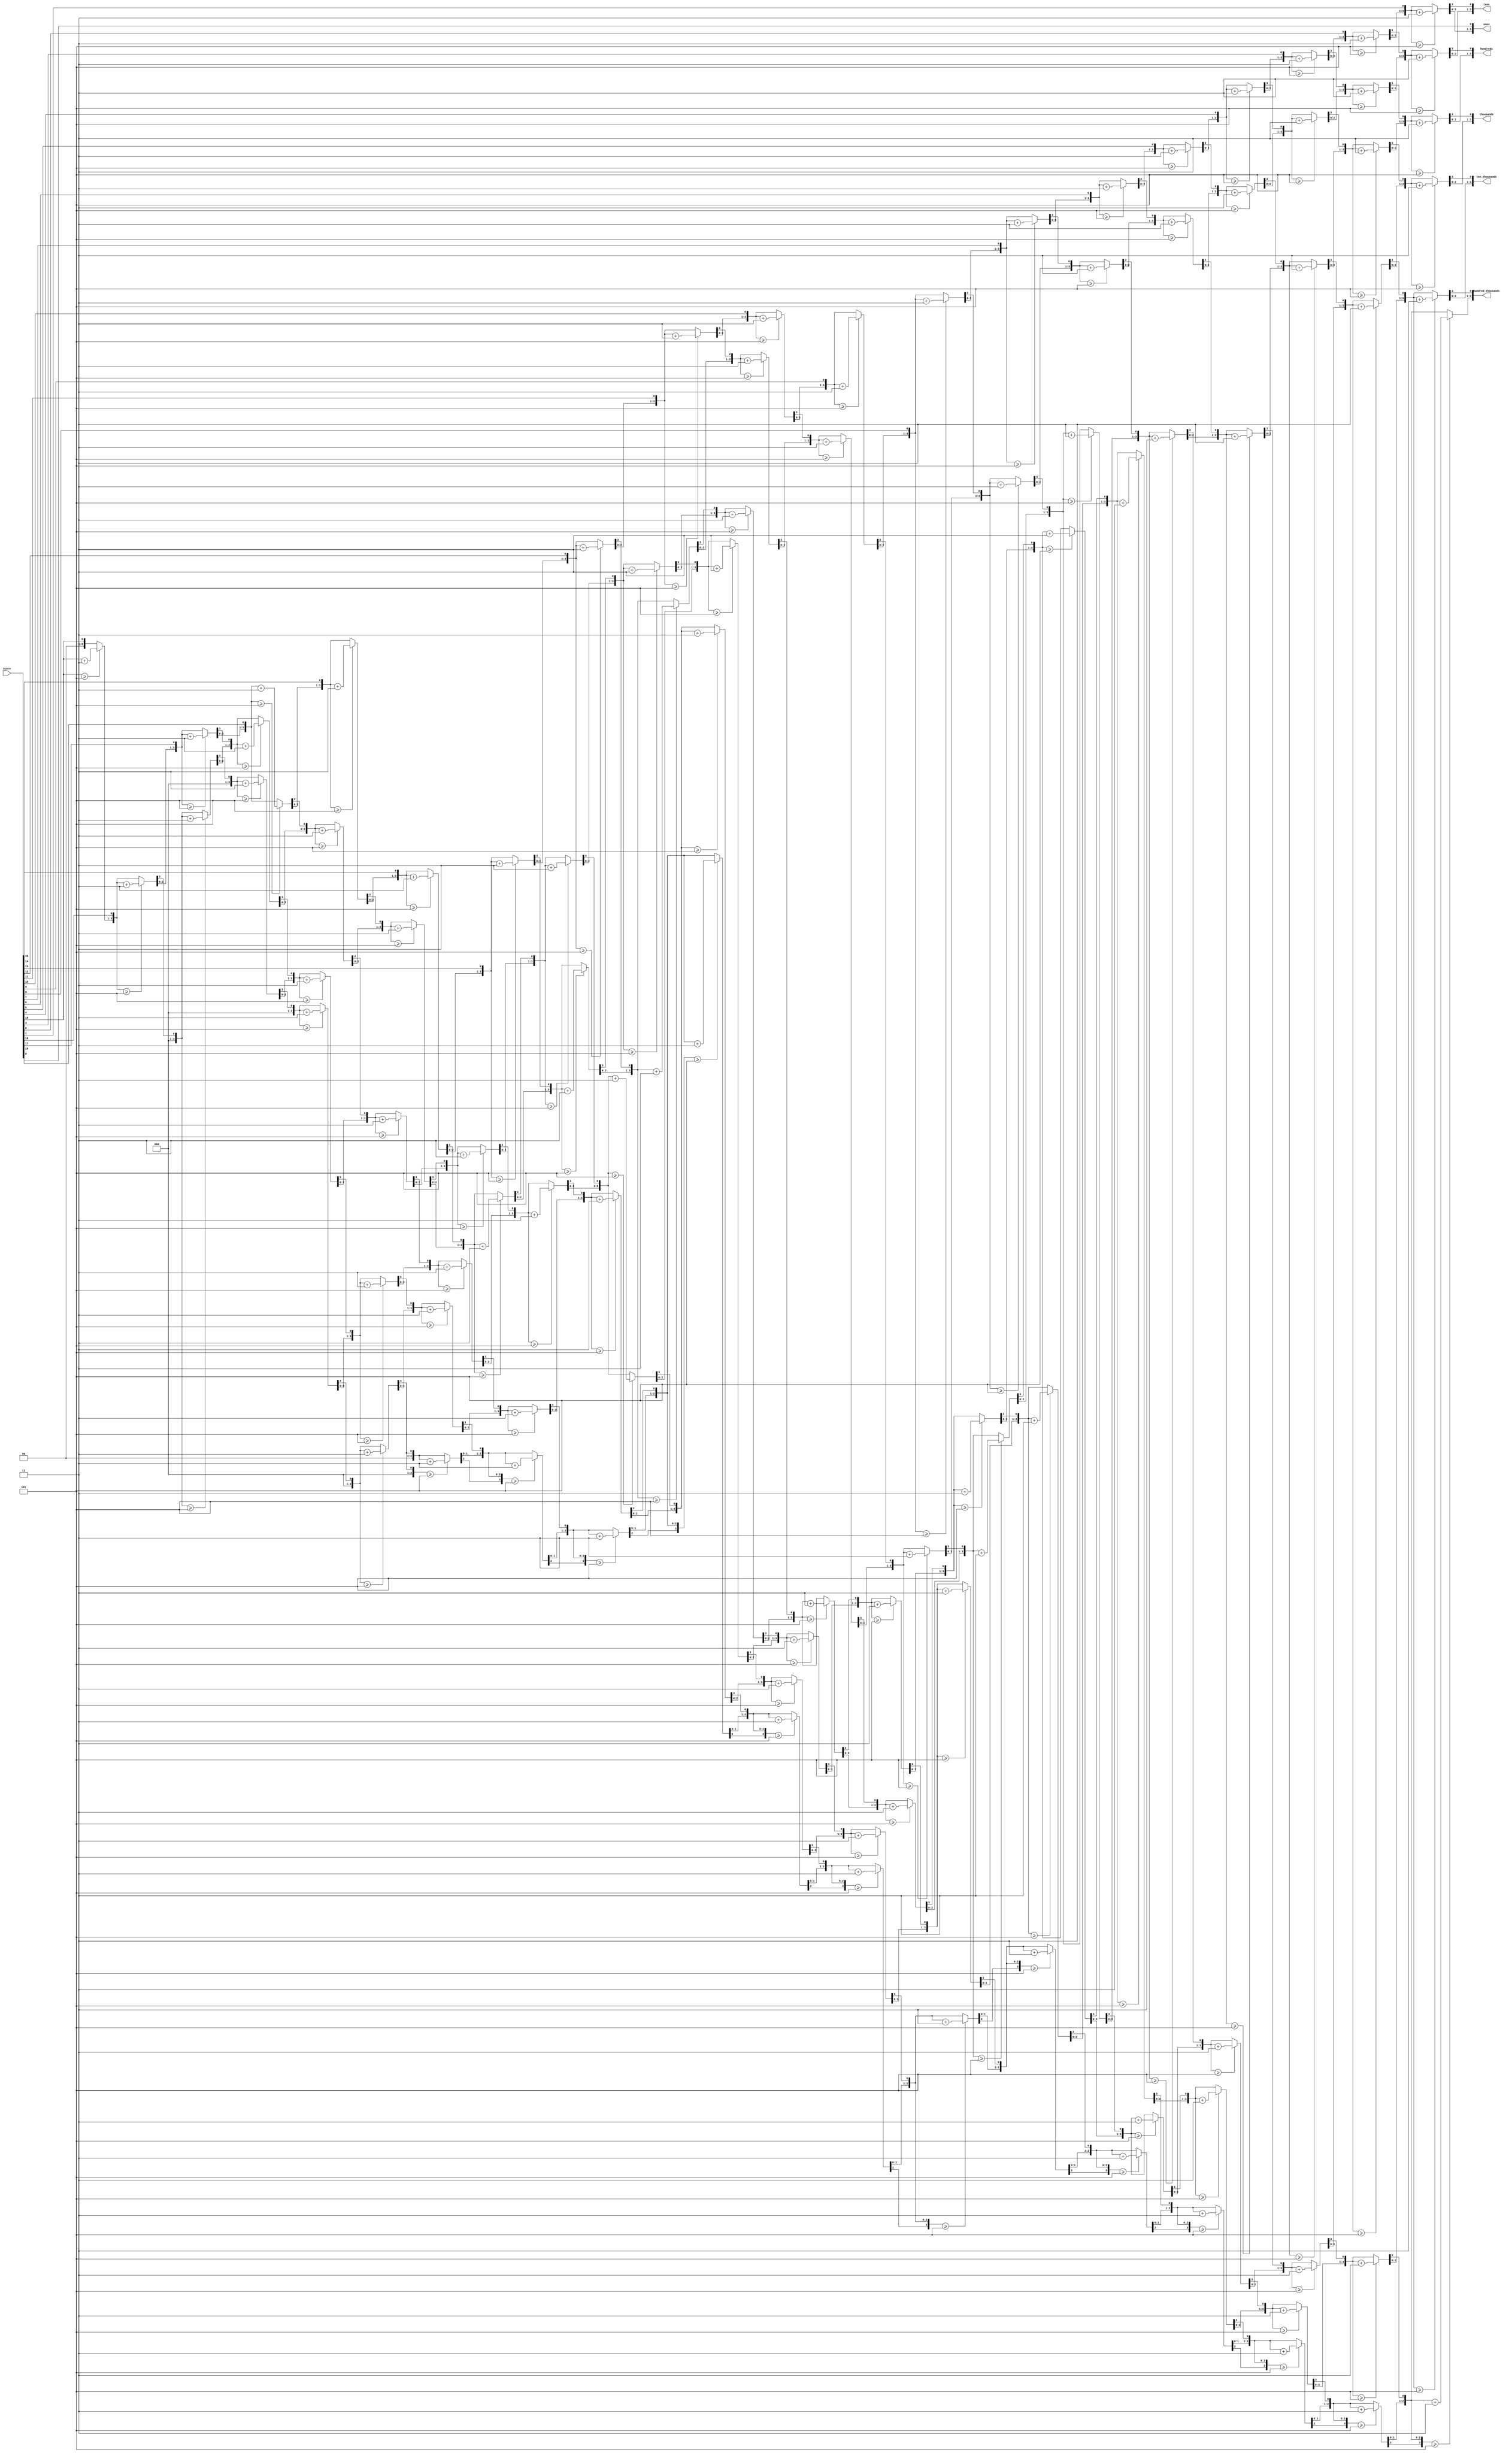
module score_converter(
input [19:0]score,
output reg [3:0] hundred_thousands,
output reg [3:0] ten_thousands,
output reg [3:0] thousands,
output reg [3:0] hundreds,
output reg [3:0] tens,
output reg [3:0] ones);

integer i;
always@(*)begin
	hundred_thousands = 0;
	ten_thousands = 0;
	thousands = 0;
	hundreds = 0;
	tens = 0;
	ones = 0;
	
	for (i = 19; i>= 0; i= i-1)begin
		if (hundred_thousands >= 5)
			hundred_thousands = hundred_thousands + 3;
		if (ten_thousands >= 5)
			ten_thousands = ten_thousands + 3;
		if (thousands >= 5)
			thousands = thousands + 3;
		if (hundreds >= 5)
			hundreds = hundreds + 3;
		if (tens >= 5)
			tens = tens + 3;
		if (ones >= 5)
			ones = ones + 3;
			
		hundred_thousands = hundred_thousands << 1;
		hundred_thousands[0] = ten_thousands[3];
		ten_thousands = ten_thousands << 1;
		ten_thousands[0] = thousands[3];
		thousands = thousands << 1;
		thousands[0] = hundreds[3];
		hundreds = hundreds << 1;
		hundreds[0] = tens[3];
		tens = tens << 1;
		tens[0] = ones[3];
		ones = ones << 1;
		ones[0] = score[i];
	end
end

endmodule